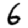
Digit: 6